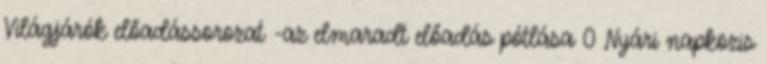
Világjárók előadássorozat -az elmaradt előadás pótlása 0 Nyári napközis